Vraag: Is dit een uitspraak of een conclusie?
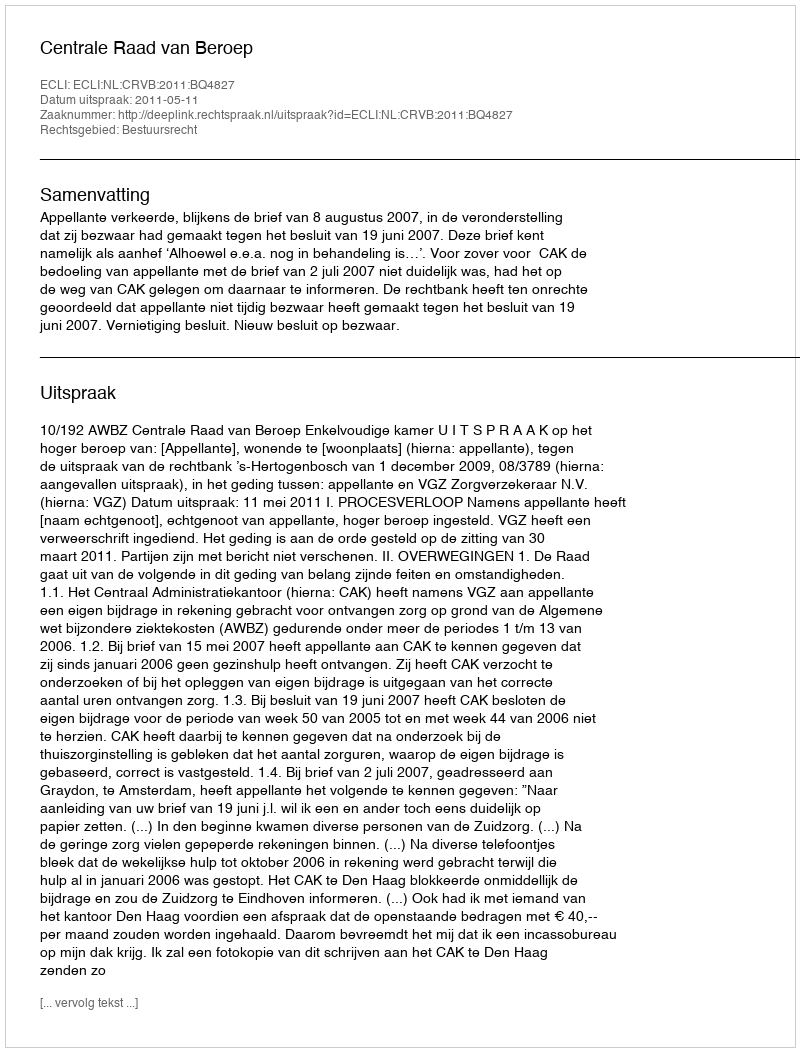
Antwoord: Uitspraak